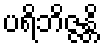
ပရိဘိဇ္ဇန္တိ